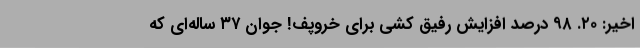
اخیر: ۲۰. ۹۸ درصد افزایش رفیق‌ کشی برای خُروپف! جوان ۳۷ ساله‌ای که